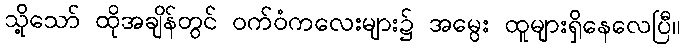
သို့သော် ထိုအချိန်တွင် ဝက်ဝံကလေးများ၌ အမွေး ထူများရှိနေလေပြီ။